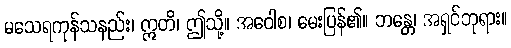
မသေရကုန်သနည်း၊ ဣတိ၊ ဤသို့။ အဝေါစ၊ မေးပြန်၏။ ဘန္တေ၊ အရှင်ဘုရား။